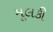
મૂલકી